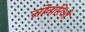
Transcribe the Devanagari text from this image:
सोनारिओ